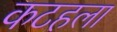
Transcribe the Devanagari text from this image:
कटहला